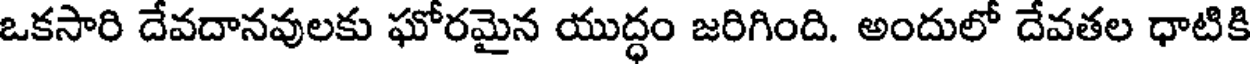
ఒకసారి దేవదానవులకు ఘోరమైన యుద్ధం జరిగింది. అందులో దేవతల ధాటికి